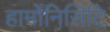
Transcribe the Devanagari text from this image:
हार्मोनिसिटि